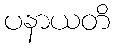
ပနာယတိ